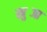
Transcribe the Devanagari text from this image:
खुब्जा